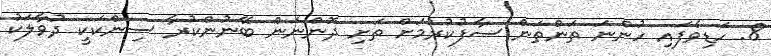
8. ހަޑިވެފައި ހުންނަ ތަންތަން ސާފުކުރުމަށް ތަށި ދޮންނަން ބޭނުންކުރާ ސިންކަކީ ދުވާލަކު